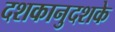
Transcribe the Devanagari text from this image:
दशकानुदशके